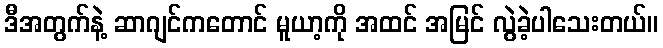
ဒီအတွက်နဲ့ ဆာဂျင်ကတောင် မူယာ့ကို အထင် အမြင် လွဲခဲ့ပါသေးတယ်။